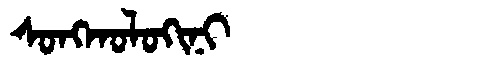
Manchu: ᠰᠣᠩᡴᠣᠯᠣᡴᡳᠨᡳ
Romanization: SONGKOLOKINI